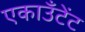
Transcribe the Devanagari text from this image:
एकाउँटेंट